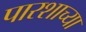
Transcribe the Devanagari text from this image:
पारशाच्या